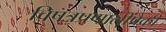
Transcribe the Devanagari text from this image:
विपत्रप्रणालींपैकी